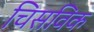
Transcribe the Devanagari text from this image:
चिसविक